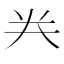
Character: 龹